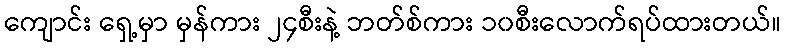
ကျောင်း ရှေ့မှာ မှန်ကား ၂၄စီးနဲ့ ဘတ်စ်ကား ၁၀စီးလောက်ရပ်ထားတယ်။